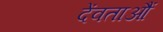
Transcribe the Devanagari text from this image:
देंवताऔं